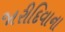
જારીદિવાના